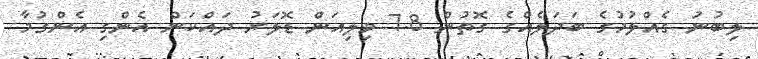
ލިބުނު ގެއްލުމުގެ ބަދަލެއްގެ ގޮތުން 7.8 މިލިއަން ޑޮލަރު ދައްކަން އެންގި އެންގުމާ